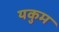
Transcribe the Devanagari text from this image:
यकुम